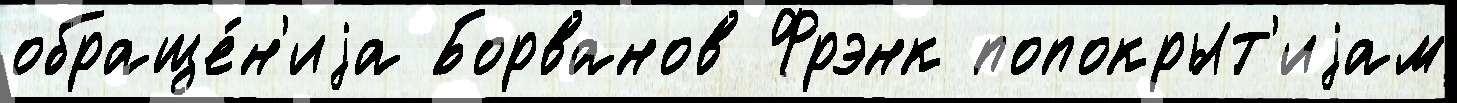
обраще́н'иjа Борванов Фрэнк попокрыт'иjам